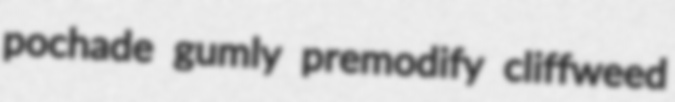
pochade gumly premodify cliffweed